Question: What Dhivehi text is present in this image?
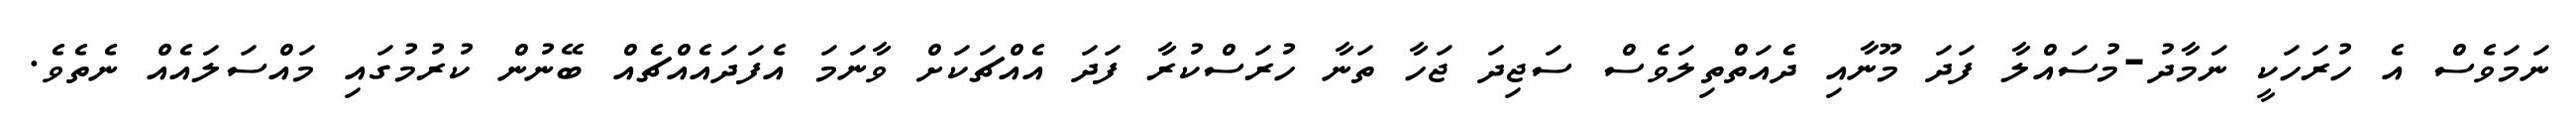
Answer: ނަމަވެސް އެ ހުރަހަކީ ނަމާދު-މުސައްލާ ފަދަ މޫނާއި ދެއަތްތިލަވެސް ސަޖިދަ ޖަހާ ތަނާ ހުރަސްކުރާ ފަދަ އެއްޗަކަށް ވާނަމަ އެފަދައެއްޗެއް ބޭނުން ކުރުމުގައި މައްސަލައެއް ނެތެވެ.